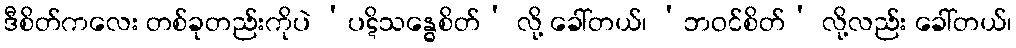
ဒီစိတ်ကလေး တစ်ခုတည်းကိုပဲ ‘ပဋိသန္ဓေစိတ်’ လို့ ခေါ်တယ်၊ ‘ဘဝင်စိတ်’ လို့လည်း ခေါ်တယ်၊